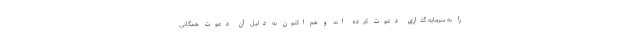
را به سرمایه گذاری دعوت کرده اند و هم اکنون به دلیل آن دعوت همگانی